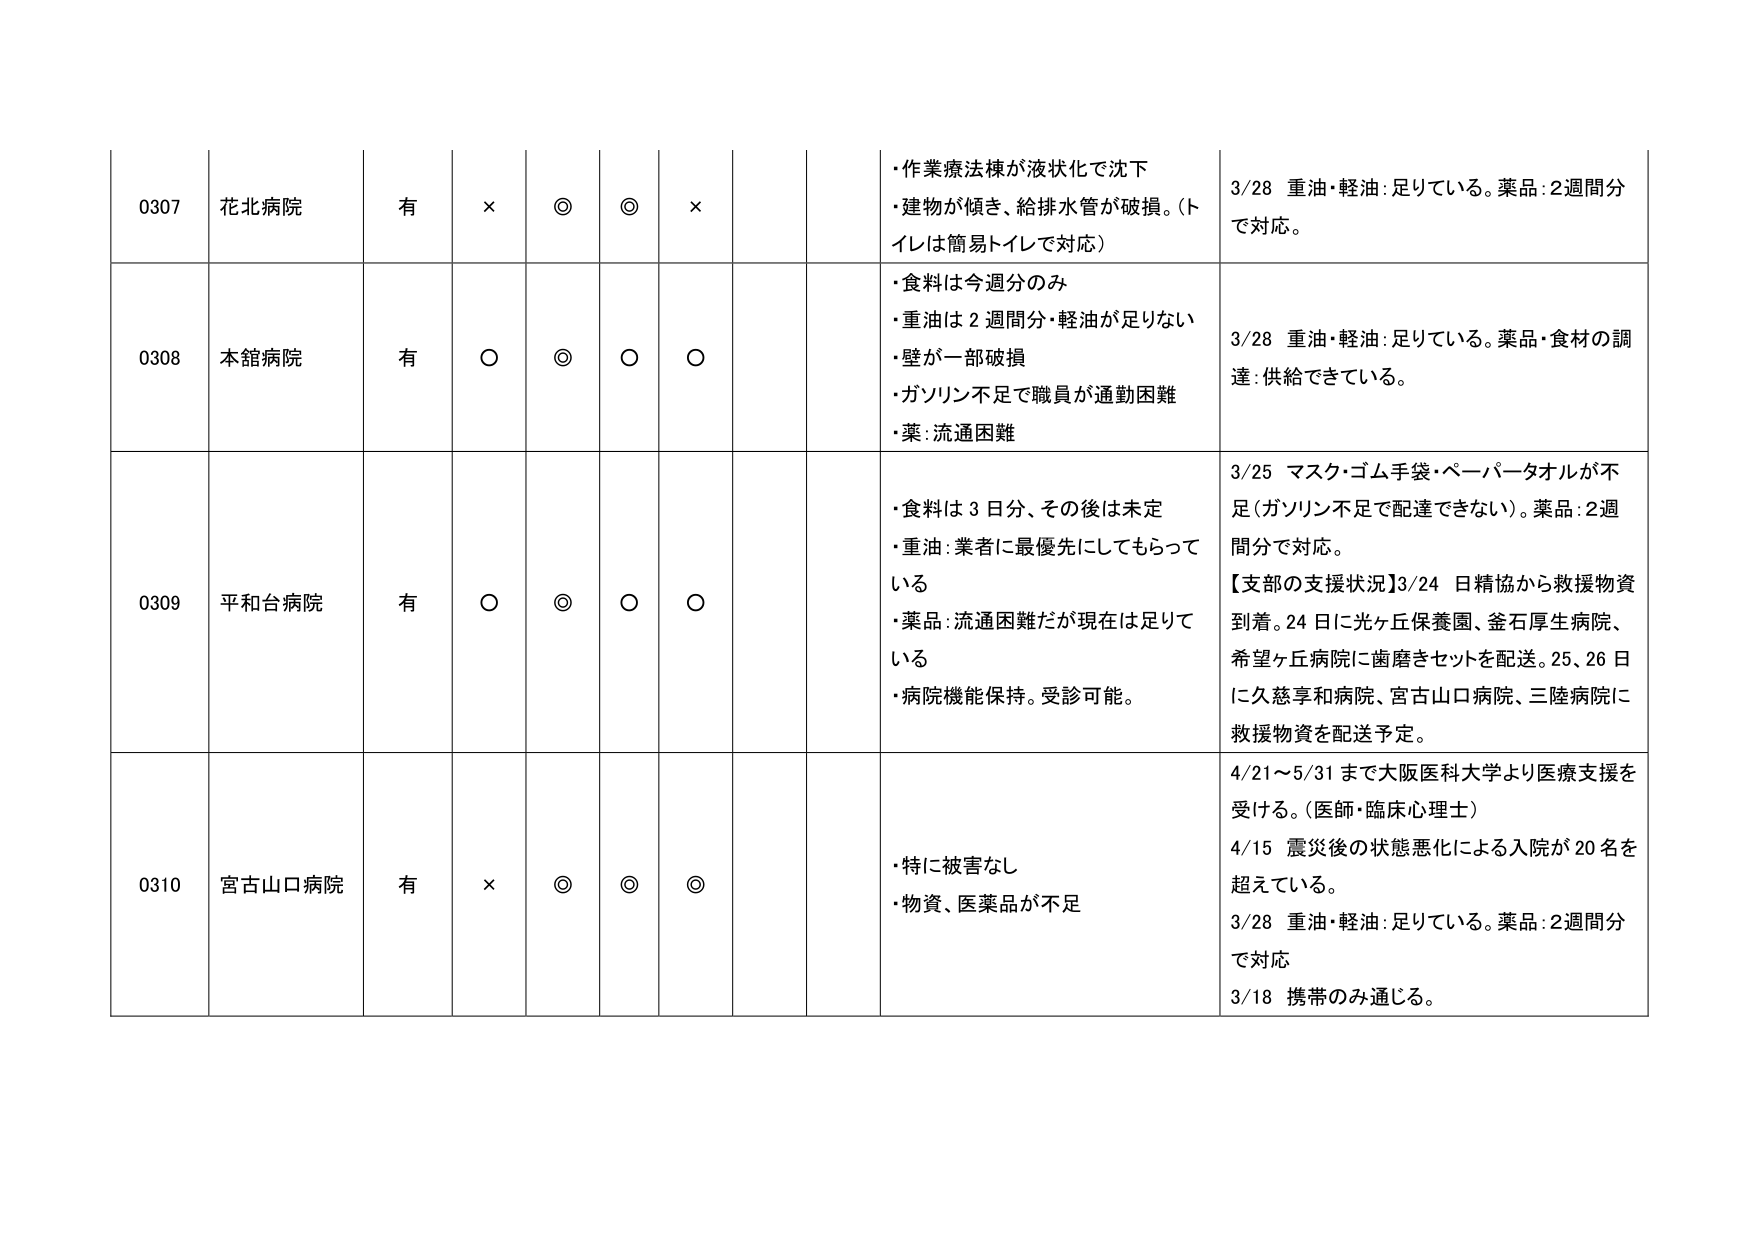
0307 花北病院 有 × ◎ ◎ × ・作業療法棟が液状化で沈下 ・建物が傾き、給排水管が破損。（トイレは簡易トイレで対応） 3/28 重油・軽油：足りている。薬品：2週間分で対応。

0308 本館病院 有 ○ ◎ ○ ○ ・食料は今週分のみ ・重油は2週間分・軽油が足りない ・壁が一部破損 ・ガソリン不足で職員が通勤困難 ・薬：流通困難 3/28 重油・軽油：足りている。薬品・食材の調達：供給できている。

0309 平和台病院 有 ○ ◎ ○ ○ ・食料は3日分、その後は未定 ・重油：業者に最優先にしてもらっている ・薬品：流通困難だが現在は足りている ・病院機能保持。受診可能。 3/25 マスク・ゴム手袋・ペーパータオルが不足（ガソリン不足で配達できない）。薬品：2週間分で対応。 【支部の支援状況】3/24 日精協から救援物資到着。24日に光ヶ丘保養園、金石厚生病院、希望ヶ丘病院に歯磨きセットを配送。25、26日に久慈享和病院、宮古山口病院、三陸病院に救援物資を配送予定。

0310 宮古山口病院 有 × ◎ ◎ ◎ ・特に被害なし ・物資、医薬品が不足 4/21～5/31まで大阪医科大学より医療支援を受ける。（医師・臨床心理士） 4/15 震災後の状態悪化による入院が20名を超えている。 3/28 重油・軽油：足りている。薬品：2週間分で対応 3/18 携帯のみ通じる。